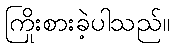
ကြိုးစားခဲ့ပါသည်။